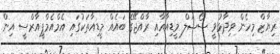
ރިޔާޒް މިހެން ވިދާޅުވީ ސޯޝަލް މީޑިއާއާއި ރާއްޖޭގެ ބައެއް މީޑިއާތަކުގައި އެމްއެމްޕީއާރްސީ އިން